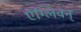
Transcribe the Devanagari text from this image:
ऐंग्लिवन्